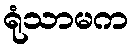
ရုံသာမက